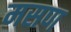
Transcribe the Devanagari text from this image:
मसण